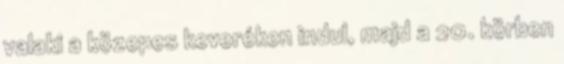
valaki a közepes keveréken indul, majd a 20. körben